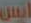
ايس